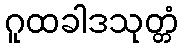
ဂူထခါဒသုတ္တံ